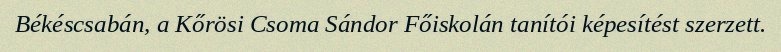
Békéscsabán, a Kőrösi Csoma Sándor Főiskolán tanítói képesítést szerzett.